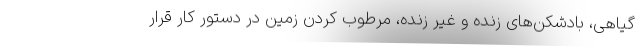
گیاهی، بادشکن‌های زنده و غیر زنده، مرطوب کردن زمین در دستور کار قرار